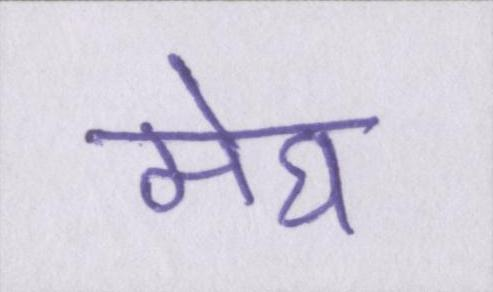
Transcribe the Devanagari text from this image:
मेघ